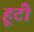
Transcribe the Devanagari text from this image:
हूटी